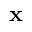
\mathbf { x }